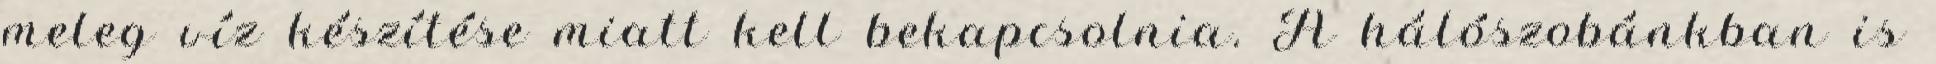
meleg víz készítése miatt kell bekapcsolnia. A hálószobánkban is